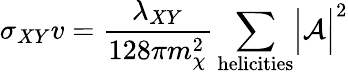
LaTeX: \sigma_{XY}v={\frac{\lambda_{XY}}{128\pi m_{\chi}^{2}}}\sum_{\mathrm{helicities}}\Bigl|{\cal A}\Bigr|^{2}